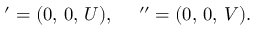
{ \bf \Pi ^ { \prime } } = ( 0 , \, 0 , \, U ) , \quad { \bf \Pi } ^ { \prime \prime } = ( 0 , \, 0 , \, V ) { . }